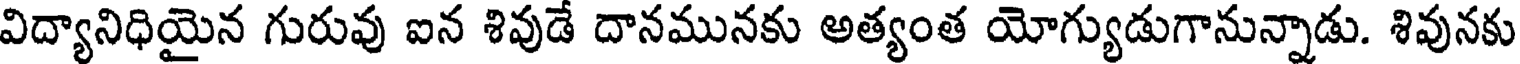
విద్యానిధియైన గురువు ఐన శివుడే దానమునకు అత్యంత యోగ్యుడుగానున్నాడు. శివునకు